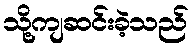
သို့ကျဆင်းခဲ့သည်